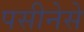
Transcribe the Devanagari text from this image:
पसीनेसे